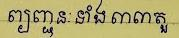
ព្យព្ជានៈទាំង៣៣តួ